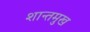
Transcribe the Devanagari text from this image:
शान्तमुख